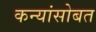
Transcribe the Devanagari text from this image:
कन्यांसोबत